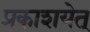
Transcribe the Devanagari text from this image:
प्रकाशयेत्